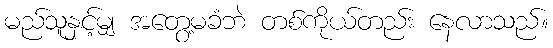
မည်သူနှင့်မျှ အတွေ့မခံဘဲ တစ်ကိုယ်တည်း နေလာသည်။